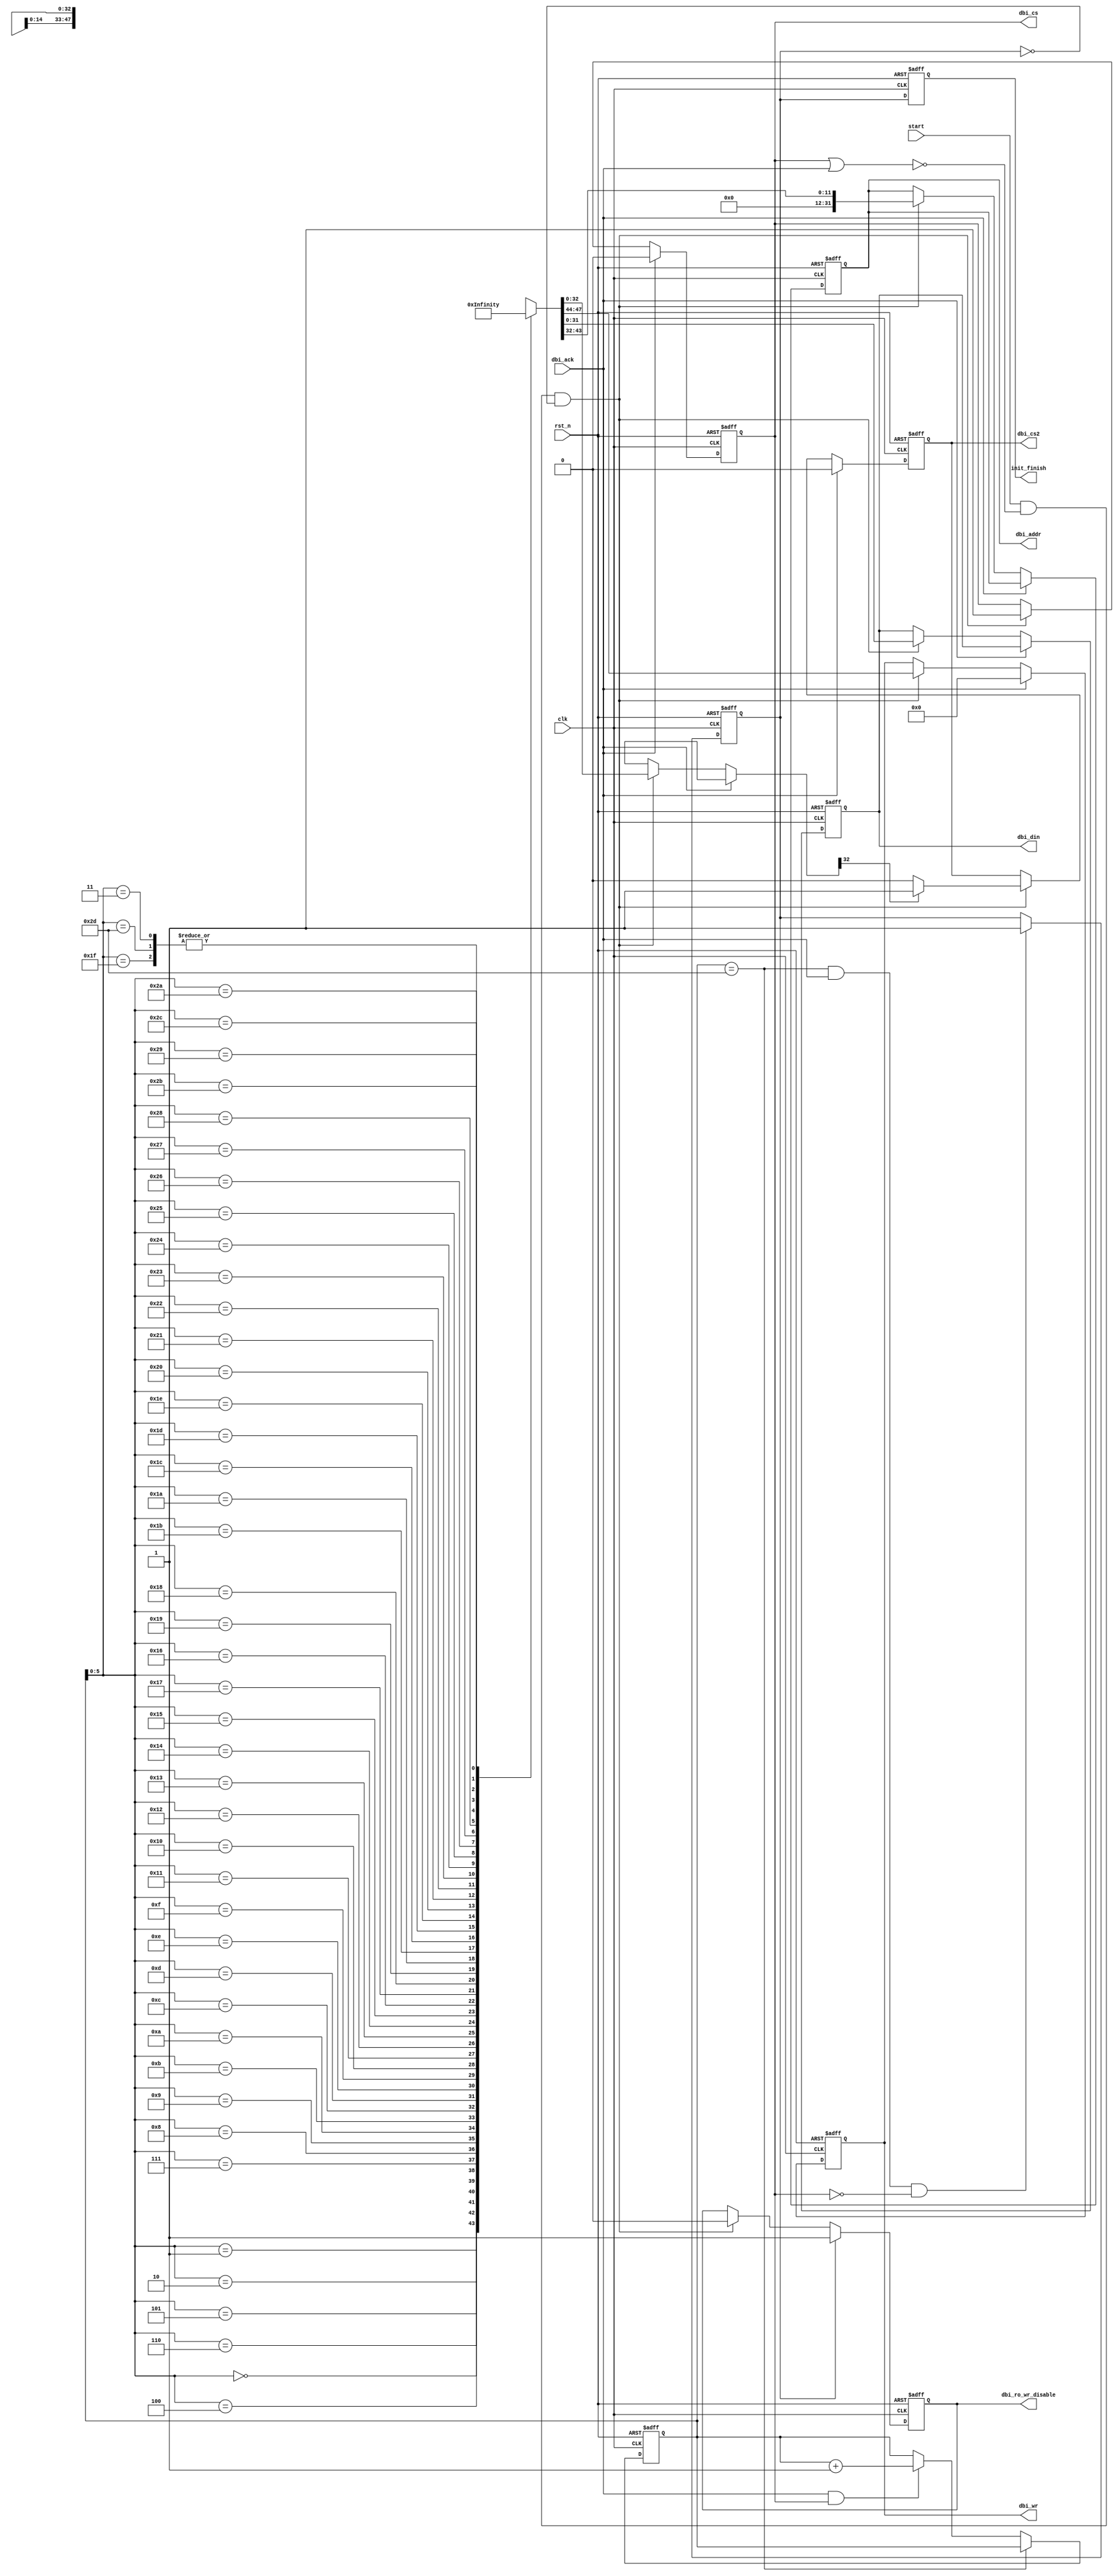
//////////////////////////////////////////////////////////////////////////////
//
// Copyright (c) 2020 PANGO MICROSYSTEMS, INC
// ALL RIGHTS REVERVED.
//
// THE SOURCE CODE CONTAINED HEREIN IS PROPRIETARY TO PANGO MICROSYSTEMS, INC.
// IT SHALL NOT BE REPRODUCED OR DISCLOSED IN WHOLE OR IN PART OR USED BY
// PARTIES WITHOUT WRITTEN AUTHORIZATION FROM THE OWNER.
//
//////////////////////////////////////////////////////////////////////////////
module ipsl_pcie_cfg_init_v1_3 #(
    parameter DEVICE_TYPE                       = 3'b000        , // EP-> 3'b000; RC->3'b100;

    parameter MAX_LINK_WIDTH                    = 6'b00_0100    ,  // x4
    parameter MAX_LINK_SPEED                    = 4'b0010       ,  // gen2
    parameter LINK_CAPABLE                      = 6'b00_0111    ,  // 4-lanes
    parameter SCRAMBLE_DISABLE                  = 1'b0          ,
    parameter AUTO_LANE_FLIP_CTRL_EN            = 1'b1          ,
    parameter NUM_OF_LANES                      = 5'b0_0001     ,
    parameter MAX_PAYLOAD_SIZE                  = 3'b011        ,  // 1024-bytes
    parameter INT_DISABLE                       = 1'b0          ,
    parameter PVM_SUPPORT                       = 1'b1          ,
    parameter MSI_64_BIT_ADDR_CAP               = 1'b1          ,
    parameter MSI_MULTIPLE_MSG_CAP              = 3'b101        ,
    parameter MSI_ENABLE                        = 1'b0          ,
    parameter MSI_CAP_NEXT_OFFSET               = 8'h70         ,
    parameter CAP_POINTER                       = 8'h50         ,
    parameter PCIE_CAP_NEXT_PTR                 = 8'hB0         ,
    parameter VENDOR_ID                         = 16'h0755      ,
    parameter DEVICE_ID                         = 16'h0755      ,
    parameter BASE_CLASS_CODE                   = 8'h05         ,
    parameter SUBCLASS_CODE                     = 8'h80         ,
    parameter PROGRAM_INTERFACE                 = 8'h00         ,
    parameter REVISION_ID                       = 8'h00         ,
    parameter SUBSYS_DEV_ID                     = 16'h0000      ,
    parameter SUBSYS_VENDOR_ID                  = 16'h0000      ,
    parameter BAR0_PREFETCH                     = 1'b0          ,
    parameter BAR0_TYPE                         = 2'b0          ,
    parameter BAR0_MEM_IO                       = 1'b0          ,
    parameter BAR0_ENABLED                      = 1'b1          ,
    parameter BAR0_MASK                         = 31'h0000_0fff ,
    parameter BAR1_PREFETCH                     = 1'b0          ,
    parameter BAR1_TYPE                         = 2'b0          ,
    parameter BAR1_MEM_IO                       = 1'b0          ,
    parameter BAR1_ENABLED                      = 1'b1          ,
    parameter BAR1_MASK                         = 31'h0000_07ff ,
    parameter BAR2_PREFETCH                     = 1'b0          ,
    parameter BAR2_TYPE                         = 2'b10         ,
    parameter BAR2_MEM_IO                       = 1'b0          ,
    parameter BAR2_ENABLED                      = 1'b1          ,
    parameter BAR2_MASK                         = 31'h0000_0fff ,
    parameter BAR3_PREFETCH                     = 1'b0          ,
    parameter BAR3_TYPE                         = 2'b0          ,
    parameter BAR3_MEM_IO                       = 1'b0          ,
    parameter BAR3_ENABLED                      = 1'b0          ,
    parameter BAR3_MASK                         = 31'd0         ,
    parameter BAR4_PREFETCH                     = 1'b0          ,
    parameter BAR4_TYPE                         = 2'b0          ,
    parameter BAR4_MEM_IO                       = 1'b0          ,
    parameter BAR4_ENABLED                      = 1'b0          ,
    parameter BAR4_MASK                         = 31'd0         ,
    parameter BAR5_PREFETCH                     = 1'b0          ,
    parameter BAR5_TYPE                         = 2'b0          ,
    parameter BAR5_MEM_IO                       = 1'b0          ,
    parameter BAR5_ENABLED                      = 1'b0          ,
    parameter BAR5_MASK                         = 31'd0         ,
    parameter ROM_BAR_ENABLE                    = 1'b0          ,
    parameter ROM_BAR_ENABLED                   = 1'd0          ,
    parameter ROM_MASK                          = 31'd0         ,
    parameter DO_DESKEW_FOR_SRIS                = 1'b1          ,
    parameter PCIE_CAP_HW_AUTO_SPEED_DISABLE    = 1'b0          ,
    parameter TARGET_LINK_SPEED                 = 4'h1          ,

    parameter ECRC_CHECK_EN                     = 1'b1          ,
    parameter ECRC_GEN_EN                       = 1'b1          ,
    parameter EXT_TAG_EN                        = 1'b1          ,
    parameter EXT_TAG_SUPP                      = 1'b1          ,
    parameter PCIE_CAP_RCB                      = 1'b1          ,
    parameter PCIE_CAP_CRS                      = 1'b0          ,
    parameter PCIE_CAP_ATOMIC_EN                = 1'b0          ,

    //msix
    parameter PCI_MSIX_ENABLE                   = 1'b0          ,
    parameter PCI_FUNCTION_MASK                 = 1'b0          ,
    parameter PCI_MSIX_TABLE_SIZE               = 11'h0         ,
    parameter PCI_MSIX_CPA_NEXT_OFFSET          = 8'h0          ,
    parameter PCI_MSIX_TABLE_OFFSET             = 29'h0         ,
    parameter PCI_MSIX_BIR                      = 3'h0          ,
    parameter PCI_MSIX_PBA_OFFSET               = 29'h0         ,
    parameter PCI_MSIX_PBA_BIR                  = 3'h0          ,
    parameter AER_CAP_NEXT_OFFSET               = 12'h0         ,

    //TPH
    parameter TPH_REQ_NEXT_PTR                  = 12'h0         ,

    //Resizable BAR
    parameter RESBAR_BAR0_MAX_SUPP_SIZE         = 20'hf_ffff    ,
    parameter RESBAR_BAR0_INIT_SIZE             = 5'h13         ,
    parameter RESBAR_BAR1_MAX_SUPP_SIZE         = 20'hf_ffff    ,
    parameter RESBAR_BAR1_INIT_SIZE             = 5'h13         ,
    parameter RESBAR_BAR2_MAX_SUPP_SIZE         = 20'hf_ffff    ,
    parameter RESBAR_BAR2_INIT_SIZE             = 5'hb          ,

    //MULTI_LANE_CONTROL_OFF
    parameter UPCONFIGURE_SUPPORT               = 1'b1
)(
    input                       clk                 ,
    input                       rst_n               ,
    input                       start               ,
    input                       dbi_ack             ,
    output reg                  dbi_cs              ,
    output reg                  dbi_cs2             ,
    output reg  [31:0]          dbi_addr            ,
    output reg  [31:0]          dbi_din             ,
    output reg  [3:0]           dbi_wr              ,
    output reg                  dbi_ro_wr_disable   ,
    output reg                  init_finish
);

// ROM Define
localparam ROM_CNT = 10'd46;

wire [47:0] init_rom [ROM_CNT-1:0] /* synthesis syn_romstyle = "select_rom" */;
wire dbi_standby;

reg [9:0] rom_raddr;
//================================================
//  init parameter
//================================================
//------------------------------------------------
//  rom width = 48-bits
//  |--> [47:44] = 4-bits = dbi_wr
//  |--> [43:32] = 12-bits = dbi_addr
//  |--> [31:0] = 32-bits = dbi_data
//------------------------------------------------
//
//----------------------
// B=0x70, offset=B+0xc, = 0x7c
//----------------------
// max_link_width @[9:4]
// max_link_speed @[3:0]
localparam [47:0] INI_0 = {4'b0011, 12'h07c, 16'd0, 4'hf, 2'b10, MAX_LINK_WIDTH, MAX_LINK_SPEED};
//----------------------
// offset=0x710
//----------------------
// link_capable     @[21:16]
// scramble_disable @[1]
localparam [47:0] INI_1 = {4'b0101, 12'h710, 10'h00, LINK_CAPABLE, 8'h0, 6'b0010_00, SCRAMBLE_DISABLE, 1'b0};
//----------------------
// offset=0x80c
//----------------------
// auto_lane_flip_ctrl_en @[16]
// num_of_lanes  @[12:8]
localparam [47:0] INI_2 = {4'b0110, 12'h80c, 15'h01, AUTO_LANE_FLIP_CTRL_EN, 3'h0, NUM_OF_LANES, 8'h00};
//----------------------
// B=0x70, offset=B+0x24, = 0x94
//----------------------
// cpl_timeout_disable_support @[4]
// cpl_timeout_range @[3:0]
localparam [47:0] INI_3 = 48'd0;//{4'b0001, 12'h094, 24'd0, 3'b100, CPL_TIMEOUT_DISABLE_SUPPORT, CPL_TIMEOUT_RANGE};
//----------------------
// B=0x70, offset=B+0x4, = 0x74
//----------------------
// EXT_TAG_SUPP @[5]
// max_payload_size[2:0]
localparam [47:0] INI_4 = {4'b0001, 12'h074, 26'b0, EXT_TAG_SUPP, 2'b0, MAX_PAYLOAD_SIZE};
//----------------------
// B=0x00, offset=B+0x4, = 0x4
//----------------------
// INT_DISABLE[10]
localparam [47:0] INI_5 = {4'b0010, 12'h004, 16'd0, 5'd0, INT_DISABLE, 10'd0};
//----------------------
// B=0x50, offset=B+0x0, = 0x50
//----------------------
// pvm_support @[24]
// msi_64_bit_addr_cap @[23]
// msi_multiple_msg_cap @[19:17]
// msi_enable @[16]
// msi_cap_next_offset @[15:8]
localparam [47:0] INI_6 = {4'b1110, 12'h050, 7'd0, PVM_SUPPORT, MSI_64_BIT_ADDR_CAP, 3'd0, MSI_MULTIPLE_MSG_CAP, MSI_ENABLE, MSI_CAP_NEXT_OFFSET, 8'd0};
//----------------------
// B=0x00, offset=B+0x34, = 0x34
//----------------------
// cap_pointer @[7:0]
localparam [47:0] INI_7 = {4'b0001, 12'h034, 24'd0, CAP_POINTER};
//----------------------
// B=0x70, offset=B+0x0, = 0x70
//----------------------
// pcie_cap_next_ptr @[15:8]
localparam [47:0] INI_8 = {4'b0010, 12'h070, 16'd0, PCIE_CAP_NEXT_PTR, 8'd0};
//----------------------
// B=0x00, offset=B+0x0, = 0x00
//----------------------
// vendor_id [15:0]
// device_id [31:16]
localparam [47:0] INI_9 = {4'b1111, 12'h000, DEVICE_ID, VENDOR_ID};
//----------------------
// B=0x00, offset=B+0x8, = 0x8
//----------------------
// base_class_code  @[31:24]
// subclass_code    @[23:16]
// program_interface@[15:8]
// revision_id      @[7:0]
localparam [47:0] INI_10 = {4'b1111, 12'h008, BASE_CLASS_CODE, SUBCLASS_CODE, PROGRAM_INTERFACE, REVISION_ID};
//----------------------
// B=0x00, offset=B+0x2c, = 0x2c
//----------------------
// subsys_dev_id    @[31:16]
// subsys_vendor_id @[15:0]
localparam [47:0] INI_11 = (DEVICE_TYPE==3'b100) ? 48'd0 : {4'b1111, 12'h02c, SUBSYS_DEV_ID, SUBSYS_VENDOR_ID};
//----------------------
// B=0x00, offset=B+0x11, = 0x11
//----------------------
// bar0_enabled @[0]
// bar0_mask    @[31:1]
localparam [47:0] INI_12 = {4'b1111, 12'h011, BAR0_MASK, BAR0_ENABLED};
//----------------------
// B=0x00, offset=B+0x10, = 0x10
//----------------------
// bar0_prefetch @[3]
// bar0_type     @[2:1]
// bar0_mem_io   @[0]
localparam [47:0] INI_13 = {4'b0001, 12'h010, 28'd0, BAR0_PREFETCH, BAR0_TYPE, BAR0_MEM_IO};
//----------------------
// B=0x00, offset=B+0x11, = 0x11
//----------------------
// bar1_enabled @[0]
// bar1_mask    @[31:1]
localparam [47:0] INI_14 = {4'b1111, 12'h015, BAR1_MASK, BAR1_ENABLED};
//----------------------
// B=0x00, offset=B+0x10, = 0x10
//----------------------
// bar1_prefetch @[3]
// bar1_type     @[2:1]
// bar1_mem_io   @[0]
localparam [47:0] INI_15 = {4'b0001, 12'h014, 28'd0, BAR1_PREFETCH, BAR1_TYPE, BAR1_MEM_IO};

//----------------------
// B=0x00, offset=B+0x11, = 0x11
//----------------------
// BAR2_enabled @[0]
// BAR2_mask    @[31:1]
localparam [47:0] INI_16 = (DEVICE_TYPE==3'b100) ? 48'd0 : {4'b1111, 12'h019, BAR2_MASK, BAR2_ENABLED};
//----------------------
// B=0x00, offset=B+0x10, = 0x10
//----------------------
// BAR2_prefetch @[3]
// BAR2_type     @[2:1]
// BAR2_mem_io   @[0]
localparam [47:0] INI_17 = (DEVICE_TYPE==3'b100) ? 48'd0 : {4'b0001, 12'h018, 28'd0, BAR2_PREFETCH, BAR2_TYPE, BAR2_MEM_IO};
//----------------------
// B=0x00, offset=B+0x11, = 0x11
//----------------------
// BAR3_enabled @[0]
// BAR3_mask    @[31:1]
localparam [47:0] INI_18 = (DEVICE_TYPE==3'b100) ? 48'd0 : {4'b1111, 12'h01d, BAR3_MASK, BAR3_ENABLED};
//----------------------
// B=0x00, offset=B+0x10, = 0x10
//----------------------
// BAR3_prefetch @[3]
// BAR3_type     @[2:1]
// BAR3_mem_io   @[0]
localparam [47:0] INI_19 = (DEVICE_TYPE==3'b100) ? 48'd0 : {4'b0001, 12'h01c, 28'd0, BAR3_PREFETCH, BAR3_TYPE, BAR3_MEM_IO};
//----------------------
// B=0x00, offset=B+0x11, = 0x11
//----------------------
// BAR4_enabled @[0]
// BAR4_mask    @[31:1]
localparam [47:0] INI_20 = (DEVICE_TYPE==3'b100) ? 48'd0 : {4'b1111, 12'h021, BAR4_MASK, BAR4_ENABLED};
//----------------------
// B=0x00, offset=B+0x10, = 0x10
//----------------------
// BAR4_prefetch @[3]
// BAR4_type     @[2:1]
// BAR4_mem_io   @[0]
localparam [47:0] INI_21 = (DEVICE_TYPE==3'b100) ? 48'd0 : {4'b0001, 12'h020, 28'd0, BAR4_PREFETCH, BAR4_TYPE, BAR4_MEM_IO};
//----------------------
// B=0x00, offset=B+0x11, = 0x11
//----------------------
// BAR5_enabled @[0]
// BAR5_mask    @[31:1]
localparam [47:0] INI_22 = (DEVICE_TYPE==3'b100) ? 48'd0 : {4'b1111, 12'h025, BAR5_MASK, BAR5_ENABLED};
//----------------------
// B=0x00, offset=B+0x10, = 0x10
//----------------------
// BAR5_prefetch @[3]
// BAR5_type     @[2:1]
// BAR5_mem_io   @[0]
localparam [47:0] INI_23 = (DEVICE_TYPE==3'b100) ? 48'd0 : {4'b0001, 12'h024, 28'd0, BAR5_PREFETCH, BAR5_TYPE, BAR5_MEM_IO};
//----------------------
// B=0x00,
// ep-> offset=B+0x30, = 0x30
// rc-> offset=B+0x38, = 0x38
//----------------------
// rom_bar_enable @[0]
localparam [47:0] INI_24 = (DEVICE_TYPE==3'b100) ? {4'b0001, 12'h038, 31'd0, ROM_BAR_ENABLE} : {4'b0001, 12'h030, 31'd0, ROM_BAR_ENABLE};
//----------------------
// B=0x00,
// ep-> offset=B+0x31, = 0x31
// rc-> offset=B+0x39, = 0x39
//----------------------
// rom_bar_enabled  @[0]
// rom_mask         @[31:1]
localparam [47:0] INI_25 = (DEVICE_TYPE==3'b100) ? {4'b1111, 12'h039, ROM_MASK, ROM_BAR_ENABLED} : {4'b1111, 12'h031, ROM_MASK, ROM_BAR_ENABLED};

//----------------------
// offset 0x708
//----------------------
// DO_DESKEW_FOR_SRIS @[23]
localparam [47:0] INI_26 = {4'b0100, 12'h708, 8'd0, DO_DESKEW_FOR_SRIS, 23'd0};

//----------------------
// offset 0xa0
//----------------------
//PCIE_CAP_HW_AUTO_SPEED_DISABLE @[5]
// TARGET_LINK_SPEED @[3:0]
localparam [47:0] INI_27 = {4'b0001, 12'h0a0, 26'd0, PCIE_CAP_HW_AUTO_SPEED_DISABLE, 1'b0, TARGET_LINK_SPEED};

//----------------------
// offset 0xB+0x18
//----------------------
// ECRC_CHECK_EN    @[8]
// ECRC_GEN_EN      @[6]
localparam [47:0] INI_28 = {4'b0011, 12'h118, 16'd0, 7'd0, ECRC_CHECK_EN, 1'd1, ECRC_GEN_EN, 1'd1, 5'd0};

//----------------------
// offset 0xB(70)+0x8
//----------------------
// EXT_TAG_EN @[8]
localparam [47:0] INI_29 = {4'b0010, 12'h078, 8'h0, 4'h1, 4'h0, 4'h2, 3'h0, EXT_TAG_EN, 4'h1, 4'h0};

//----------------------
// offset 0xB(70)+0x10
//----------------------
localparam [47:0] INI_30 = (DEVICE_TYPE==3'b100) ? {4'b0001, 12'h080, 28'h0, PCIE_CAP_RCB , 3'h0} : {4'b0001, 12'h080, 28'h0, 1'b1 , 3'h0};

//----------------------
// offset 0xB(70)+0x1c
//----------------------
//rc
localparam [47:0] INI_31 = (DEVICE_TYPE==3'b100) ? {4'b0001, 12'h08c, 28'h0, PCIE_CAP_CRS, 3'h0} : {32'd0};

//----------------------
// offset 0xB(70)+0x28
//----------------------
// PCIE_CAP_ATOMIC_EN[6]
localparam [47:0] INI_32 = {4'b0001, 12'h098, 24'h0, 1'b0, PCIE_CAP_ATOMIC_EN, 2'b0 , 4'h0};

//----------------------
// offset 0xB(b0)+0x00
//----------------------
//PCI_MSIX_ENABLE           [31]
//PCI_FUNCTION_MASK         [30]
//PCI_MSIX_TABLE_SIZE       [26:16]
//PCI_MSIX_CPA_NEXT_OFFSET  [15:8]
localparam [47:0] INI_33 = {4'b1110, 12'h0b0, PCI_MSIX_ENABLE, PCI_FUNCTION_MASK, 3'h0, PCI_MSIX_TABLE_SIZE, PCI_MSIX_CPA_NEXT_OFFSET, 8'h0};

//----------------------
// offset 0xB(b0)+0x04
//----------------------
//PCI_MSIX_TABLE_OFFSET     [31:3]
//PCI_MSIX_BIR              [2:0]
localparam [47:0] INI_34 = {4'b1111, 12'h0b4, PCI_MSIX_TABLE_OFFSET, PCI_MSIX_BIR};

//----------------------
// offset 0xB(b0)+0x08
//----------------------
// PCI_MSIX_PBA_OFFSET      [31:3]
// PCI_MSIX_PBA_BIR         [2:0]
localparam [47:0] INI_35 = {4'b1111, 12'h0b8, PCI_MSIX_PBA_OFFSET, PCI_MSIX_PBA_BIR};

//----------------------
// offset 0x(100)+0x00
//----------------------
// AER_CAP_NEXT_OFFSET [31:20]
localparam [47:0] INI_36 = {4'b1100, 12'h100, AER_CAP_NEXT_OFFSET, 4'h2, 16'h0};

//----------------------
// offset 0x(158)+0x00
//----------------------
// TPH_REQ_NEXT_PTR [31:20]
localparam [47:0] INI_37 = {4'b1100, 12'h158, TPH_REQ_NEXT_PTR, 4'h1, 16'h0};

//----------------------
// offset 0x8c0
//----------------------
// UPCONFIGURE_SUPPORT [7]
localparam [47:0] INI_38 = {4'b0001, 12'h8c0, 24'h0, UPCONFIGURE_SUPPORT, 7'h0};

//----------------------
// offset 0x(2E4)+0x04
//----------------------
// RESBAR_BAR0_MAX_SUPP_SIZE [23:4]
localparam [47:0] INI_39 = {4'b0111, 12'h2E8, 8'h0,RESBAR_BAR0_MAX_SUPP_SIZE, 4'h0};

//----------------------
// offset 0x(2E4)+0x08
//----------------------
// RESBAR_BAR0_INIT_SIZE [12:8]
localparam [47:0] INI_40 = {4'b0010, 12'h2EC, 19'h0,RESBAR_BAR0_INIT_SIZE, 8'h0};

//----------------------
// offset 0x(2E4)+0x0C
//----------------------
// RESBAR_BAR1_MAX_SUPP_SIZE [23:4]
localparam [47:0] INI_41 = {4'b0111, 12'h2F0, 8'h0,RESBAR_BAR1_MAX_SUPP_SIZE, 4'h0};

//----------------------
// offset 0x(2E4)+0x10
//----------------------
// RESBAR_BAR1_INIT_SIZE [12:8]
localparam [47:0] INI_42 = {4'b0010, 12'h2F4, 19'h0,RESBAR_BAR1_INIT_SIZE, 8'h0};

//----------------------
// offset 0x(2E4)+0x14
//----------------------
// RESBAR_BAR2_MAX_SUPP_SIZE [23:4]
localparam [47:0] INI_43 = {4'b0111, 12'h2F8, 8'h0,RESBAR_BAR2_MAX_SUPP_SIZE, 4'h0};

//----------------------
// offset 0x(2E4)+0x18
//----------------------
// RESBAR_BAR2_INIT_SIZE [12:8]
localparam [47:0] INI_44 = {4'b0010, 12'h2FC, 19'h0,RESBAR_BAR2_INIT_SIZE, 8'h0};

// ROM Initial
assign init_rom[0]  = INI_0;
assign init_rom[1]  = INI_1;
assign init_rom[2]  = INI_2;
assign init_rom[3]  = INI_3;
assign init_rom[4]  = INI_4;
assign init_rom[5]  = INI_5;
assign init_rom[6]  = INI_6;
assign init_rom[7]  = INI_7;
assign init_rom[8]  = INI_8;
assign init_rom[9]  = INI_9;
assign init_rom[10] = INI_10;
assign init_rom[11] = INI_11;
assign init_rom[12] = INI_12;
assign init_rom[13] = INI_13;
assign init_rom[14] = INI_14;
assign init_rom[15] = INI_15;
assign init_rom[16] = INI_16;
assign init_rom[17] = INI_17;
assign init_rom[18] = INI_18;
assign init_rom[19] = INI_19;
assign init_rom[20] = INI_20;
assign init_rom[21] = INI_21;
assign init_rom[22] = INI_22;
assign init_rom[23] = INI_23;
assign init_rom[24] = INI_24;
assign init_rom[25] = INI_25;
assign init_rom[26] = INI_26;
assign init_rom[27] = INI_27;
assign init_rom[28] = INI_28;
assign init_rom[29] = INI_29;
assign init_rom[30] = INI_30;
assign init_rom[31] = INI_31;
assign init_rom[32] = INI_32;
assign init_rom[33] = INI_33;
assign init_rom[34] = INI_34;
assign init_rom[35] = INI_35;
assign init_rom[36] = INI_36;
assign init_rom[37] = INI_37;
assign init_rom[38] = INI_38;
assign init_rom[39] = INI_39;
assign init_rom[40] = INI_40;
assign init_rom[41] = INI_41;
assign init_rom[42] = INI_42;
assign init_rom[43] = INI_43;
assign init_rom[44] = INI_44;
assign init_rom[45] = 48'b0;

assign dbi_standby = !(dbi_cs || dbi_ack);

reg cnt_done;
always @(posedge clk or negedge rst_n) begin
    if (!rst_n)
        cnt_done <= 1'd0;
    else if (rom_raddr==(ROM_CNT-1) && dbi_ack && !dbi_cs)
    //else if (rom_raddr==(ROM_CNT) && dbi_ack && !dbi_cs)
        cnt_done <= 1'd1;
end

always @(posedge clk or negedge rst_n) begin
    if (!rst_n)
        init_finish <= 1'b0;
    else
        init_finish <= cnt_done;
end

always @(posedge clk or negedge rst_n) begin
    if (!rst_n)
        dbi_ro_wr_disable <= 1'b1;
    else if (cnt_done)
        dbi_ro_wr_disable <= 1'b1;
    else if (start && dbi_standby && !cnt_done)
        dbi_ro_wr_disable <= 1'b0;
end

// Read Rom Adderess
always @(posedge clk or negedge rst_n) begin
    if (!rst_n)
        rom_raddr <= 10'd0;
    else if (rom_raddr == ROM_CNT-10'd1)
        rom_raddr <= rom_raddr;
    else if (dbi_ack && dbi_cs)
        rom_raddr <= rom_raddr + 10'd1;
end

always @(posedge clk or negedge rst_n) begin
    if (!rst_n) begin
        dbi_cs <= 1'b0;
        dbi_din  <= 32'd0;
        dbi_addr <= 32'd0;
        dbi_wr <= 4'd0;
        dbi_cs2 <= 1'd0;
    end
    else if (dbi_ack) begin
        dbi_cs <= 1'b0;
        dbi_cs2 <= 1'd0;
        dbi_wr <= 4'd0;
    end
    else if (start && dbi_standby && !cnt_done) begin
        dbi_cs <= 1'b1;
        dbi_din  <= init_rom[rom_raddr][31:0];
        dbi_addr <= {20'd0, init_rom[rom_raddr][43:32]};
        dbi_wr <= init_rom[rom_raddr][47:44];

        if (init_rom[rom_raddr][32]==1'b1)
            dbi_cs2 <= 1'b1;
        else
            dbi_cs2 <= 1'b0;
    end
end

// debug logic

`ifdef IPSL_PCIE_SPEEDUP_SIM
reg [47:44] test_wr   ;
reg [43:32] test_addr ;
reg [31:0]  test_data ;

always @(posedge clk or negedge rst_n) begin
    if (!rst_n) begin
        test_wr   <= 'd0;
        test_addr <= 'd0;
        test_data <= 'd0;
    end
    else begin
        test_wr   <= init_rom[rom_raddr][47:44];
        test_addr <= init_rom[rom_raddr][43:32];
        test_data <= init_rom[rom_raddr][31:0];
    end
end
`else
`endif

endmodule